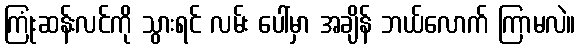
ကြုံးဆန်းလင်ကို သွားရင် လမ်း ပေါ်မှာ အချိန် ဘယ်လောက် ကြာမလဲ။